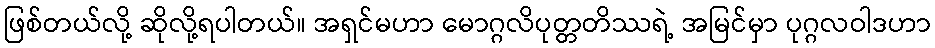
ဖြစ်တယ်လို့ ဆိုလို့ရပါတယ်။ အရှင်မဟာ မောဂ္ဂလိပုတ္တတိဿရဲ့ အမြင်မှာ ပုဂ္ဂလဝါဒဟာ